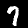
Digit: 7